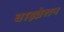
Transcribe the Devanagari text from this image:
वाइव्रेशन